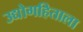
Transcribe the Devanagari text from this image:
उद्योगहिताला